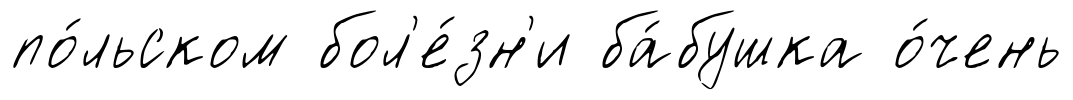
по́льском бол'е́зн'и ба́бушка о́чень